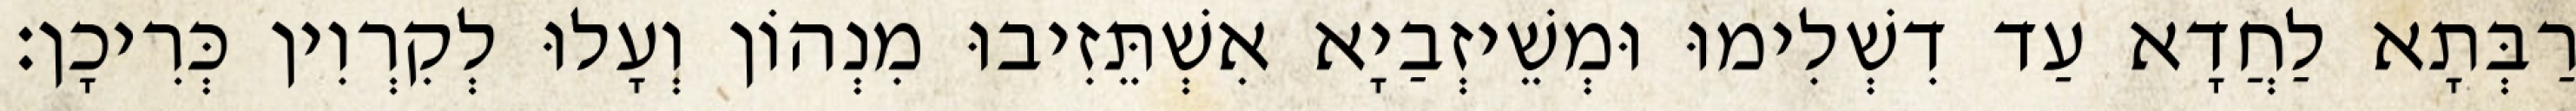
רַבְּתָא לַחֲדָא עַד דִשְׁלִימוּ וּמְשֵׁיזְבַיָא אִשְׁתֵּזִיבוּ מִנְהוֹן וְעָלוּ לְקִרְוִין כְּרִיכָן׃